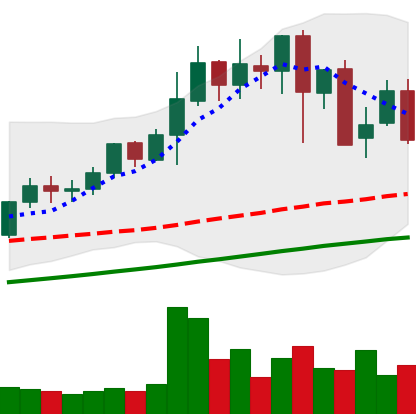
Ticker: LINK-USD
Chart end date: 2021-05-15
Forward return: -25.825%
Label: down_7plus